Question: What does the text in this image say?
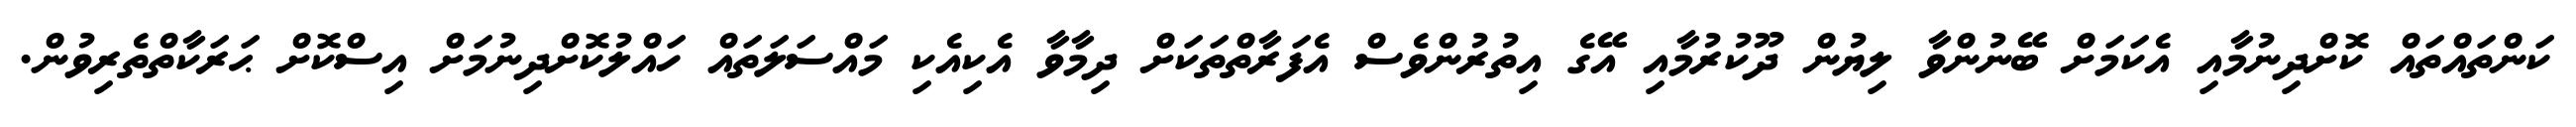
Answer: ކަންތައްތައް ކޮށްދިނުމާއި އެކަމަށް ބޭނުންވާ ލިޔުން ދޫކުރުމާއި އޭގެ އިތުރުންވެސް އެފަރާތްތަކަށް ދިމާވާ އެކިއެކި މައްސަލަތައް ހައްލުކޮށްދިނުމަށް އިސްކޮށް ޙަރަކާތްތެރިވުން.